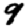
Digit: 9